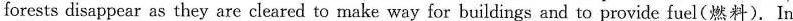
forests disappear as they are cleared to make way for buildings and to provide fuel(燃料). In